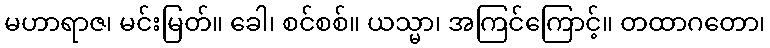
မဟာရာဇ၊ မင်းမြတ်။ ခေါ၊ စင်စစ်။ ယသ္မာ၊ အကြင်ကြောင့်။ တထာဂတော၊